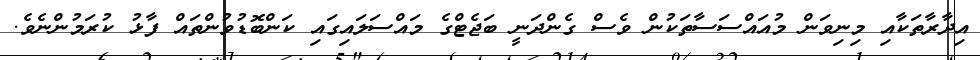
އިދާރާތަކާއި މިނިވަން މުއައްސަސާތަކުން ވެސް ގެންދަނީ ބަޖެޓްގެ މައްސަލައިގައި ކަންބޮޑުވުންތައް ފާޅު ކުރަމުންނެވެ.